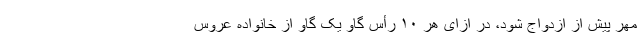
مهر پیش از ازدواج شود، در ازای هر ۱۰ رأس گاو یک گاو از خانواده عروس